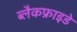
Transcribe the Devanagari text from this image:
ब्लैकफ्राइडे